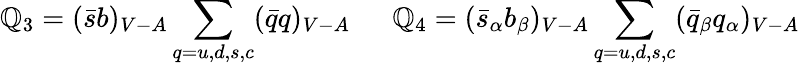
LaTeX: \mathbb{Q}_{3}=(\bar{{s}}b)_{V-A}\sum_{q=u,d,s,c}(\bar{{q}}q)_{V-A}~~~~~~\mathbb{Q}_{4}=(\bar{{s}}_{\alpha}b_{\beta})_{V-A}\sum_{q=u,d,s,c}(\bar{{q}}_{\beta}q_{\alpha})_{V-A}